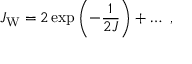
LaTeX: J _ { \mathrm { W } } = 2 \exp \left( - { \frac { 1 } { 2 J } } \right) + \ldots ~ ,